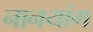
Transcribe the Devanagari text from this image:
नानयांग